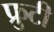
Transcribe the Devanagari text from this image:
फ्रुटी